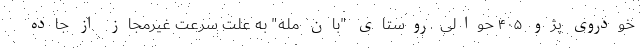
خودروی پژو ۴۰۵ حوالی روستای "بان مله" به علت سرعت غیرمجاز از جاده